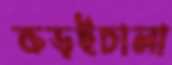
কড়ইচালা